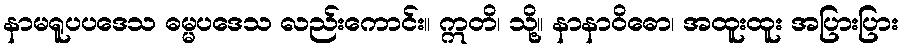
နာမရူပပဒေသ ဓမ္မပဒေသ လည်းကောင်း။ ဣတိ၊ သို့။ နာနာဝိဓော၊ အထူးထူး အပြားပြား